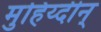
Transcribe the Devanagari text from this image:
मुहिय्दीन्